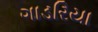
ગાડરિયા